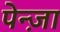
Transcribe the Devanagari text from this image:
पेन्ज़ा